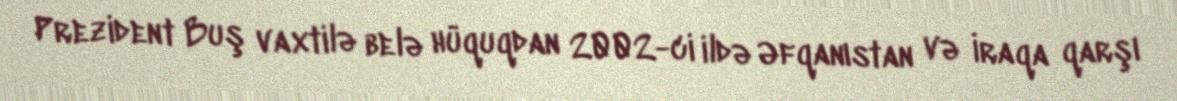
Prezident Buş vaxtilə belə hüquqdan 2002-ci ildə Əfqanıstan və İraqa qarşı